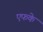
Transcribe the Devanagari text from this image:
एफके